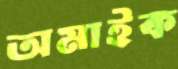
অমাইক